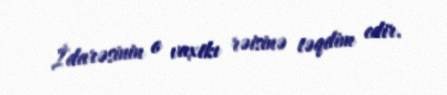
İdarəsinin o vaxtkı rəisinə təqdim edir.